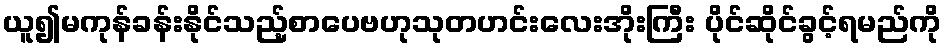
ယူ၍မကုန်ခန်းနိုင်သည့်စာပေဗဟုသုတဟင်းလေးအိုးကြီး ပိုင်ဆိုင်ခွင့်ရမည်ကို